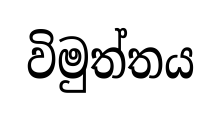
විමුත්තය